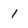
Character: 1